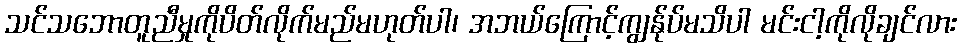
သင်သဘောတူညီမှုကိုပိတ်လိုက်မည်မဟုတ်ပါ၊ အဘယ်ကြောင့်ကျွန်ုပ်မသိပါ မင်းငါ့ကိုလိုချင်လား